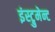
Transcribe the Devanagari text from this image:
इंस्ट्रुमेन्ट